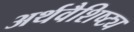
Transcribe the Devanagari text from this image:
अर्थवैशिष्ट्य